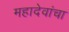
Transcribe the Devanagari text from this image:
महादेवांचा